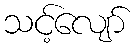
သင့်လျော်